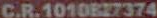
C.R.1010827374